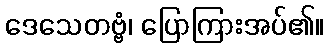
ဒေသေတဗ္ဗံ၊ ပြောကြားအပ်၏။